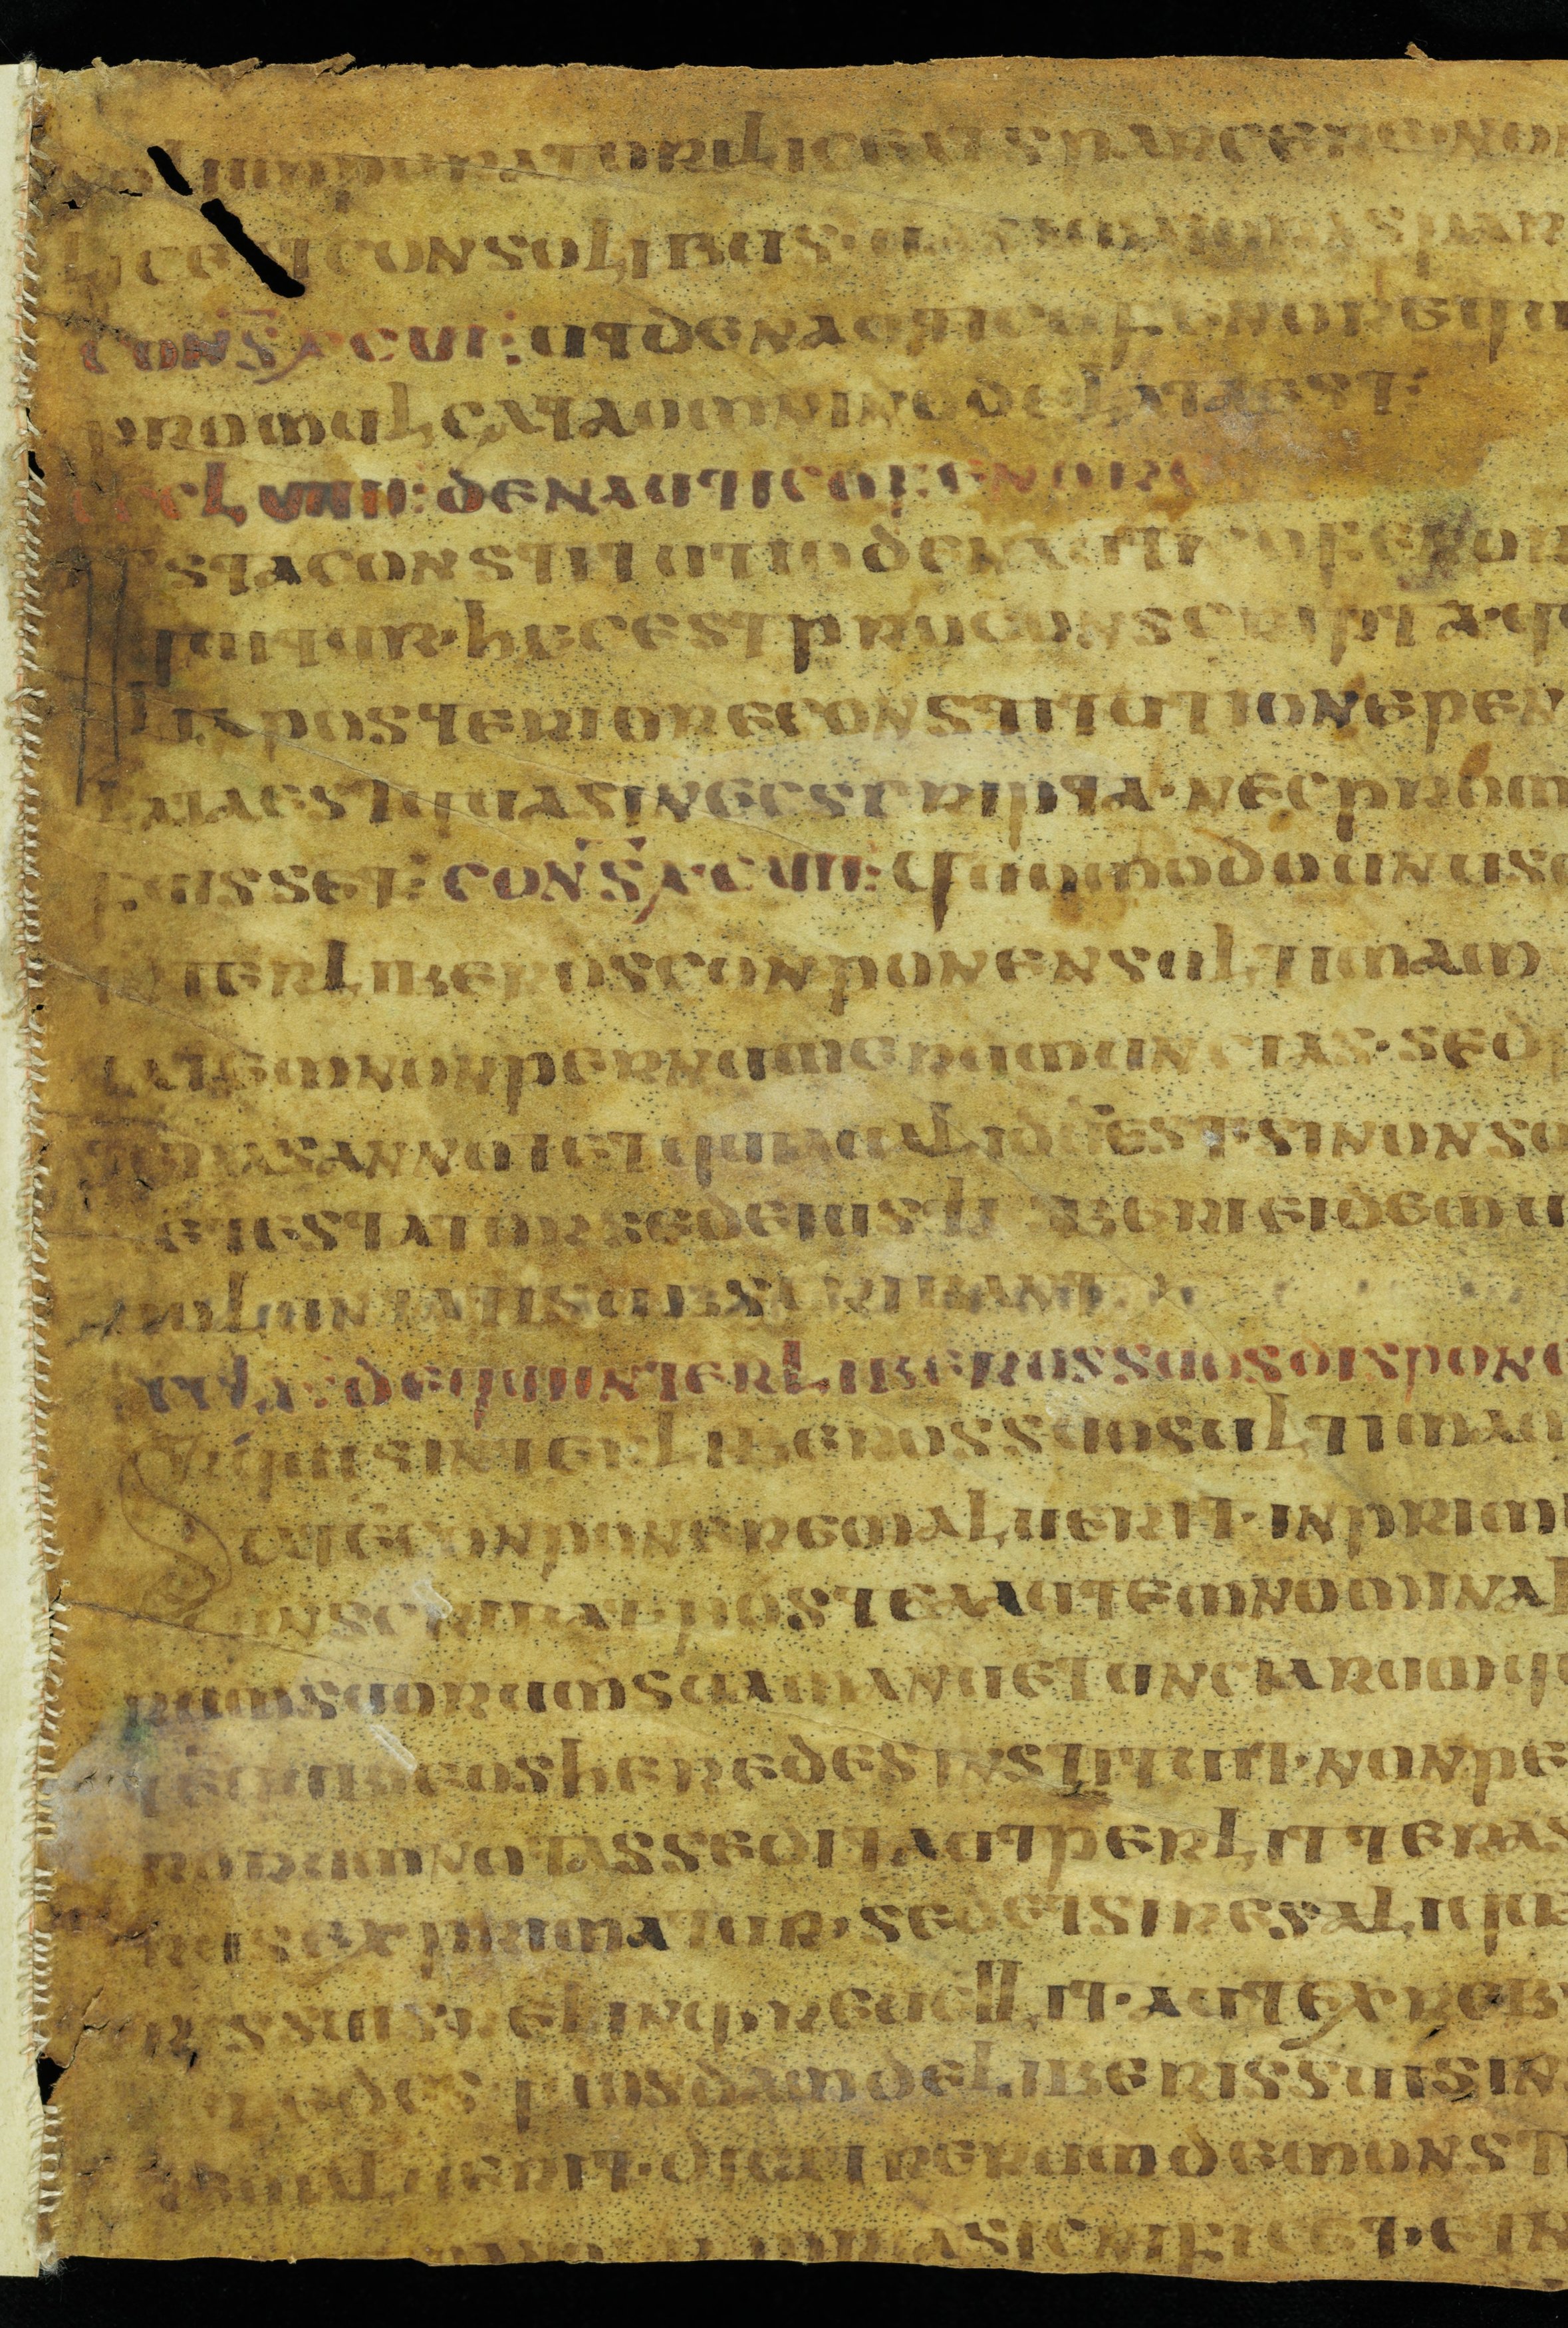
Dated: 900–999